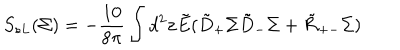
S _ { s L } ( \Sigma ) = - \frac { 1 0 } { 8 \pi } \int d ^ { 2 } { \bf z } \tilde { E } ( \tilde { D } _ { + } \Sigma \tilde { D } _ { - } \Sigma + \tilde { \cal R } _ { + - } \Sigma )